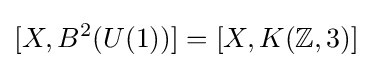
[X,B^{2}(U(1))]=[X,K(\mathbb {Z} ,3)]